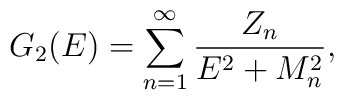
G_2(E) = \sum_{n=1}^\infty { Z_n \over E^2+M_n^2},